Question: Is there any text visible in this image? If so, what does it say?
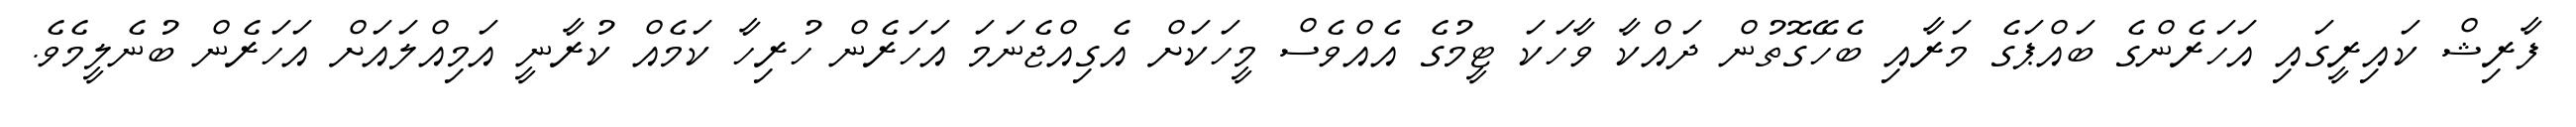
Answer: ފާރިޝް ކައިރީގައި އަހަރެންގެ ބައްޕަގެ މަރާއި ބެހޭގޮތުން ދައްކާ ވާހަކަ ޓީމުގެ އެއްވެސް މީހަކަށް އެގިއްޖެނަމަ އަހަރެން ހުރިހާ ކަމެއް ކުރާނީ އަމިއްލައަށް އަހަރެން ބުނެލީމެވެ.